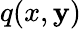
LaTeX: q(x,\mathbf{y})